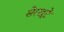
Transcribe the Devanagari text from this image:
सेरखूटे